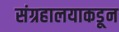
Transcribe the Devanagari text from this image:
संग्रहालयाकडून